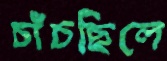
চাঁচছিলে